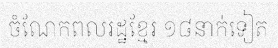
ចំណែកពលរដ្ឋខ្មែរ ១៨នាក់ទៀត